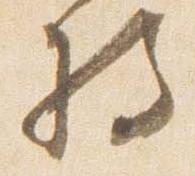
将